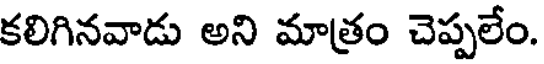
కలిగినవాడు అని మాత్రం చెప్పలేం.